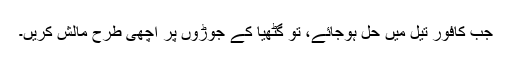
جب کافور تیل میں حل ہوجائے، تو گٹھیا کے جوڑوں پر اچھی طرح مالش کریں۔